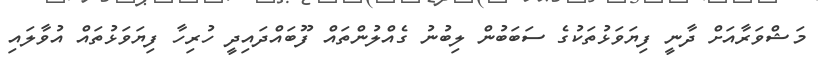
މަޝްވަރާއަށް ދާނީ ފިޔަވަޅުތަކުގެ ސަބަބުން ލިބުނު ގެއްލުންތައް ފޫބައްދައިދީ ހުރިހާ ފިޔަވަޅުތައް އުވާލައި